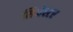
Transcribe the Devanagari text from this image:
सिनेस्टर